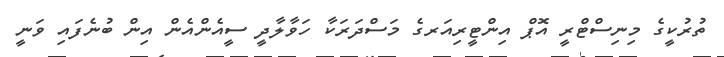
ތުރުކީގެ މިނިސްޓްރީ އޮޕް އިންޓީރިއަރގެ މަސްދަރަކާ ހަވާލާދީ ސީއެންއެން އިން ބުނެފައި ވަނީ